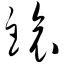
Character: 锿